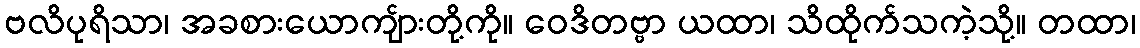
ဗလိပုရိသာ၊ အခစားယောကျ်ားတို့ကို။ ဝေဒိတဗ္ဗာ ယထာ၊ သိထိုက်သကဲ့သို့။ တထာ၊